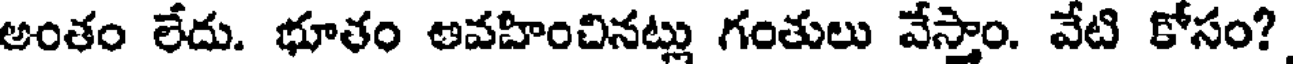
అంతం లేదు. భూతం అవహించినట్లు గంతులు వేస్తాం. వేటి కోసం?